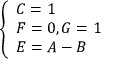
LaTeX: \left\{ \begin{array} { l l } { C = 1 } \\ { F = 0 , G = 1 } \\ { E = A - B } \end{array} \right.